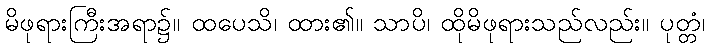
မိဖုရားကြီးအရာ၌။ ထပေသိ၊ ထား၏။ သာပိ၊ ထိုမိဖုရားသည်လည်း။ ပုတ္တံ၊